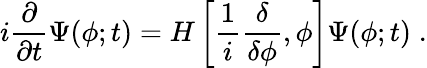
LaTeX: i\frac{\partial}{\partial t}\Psi(\phi;t)=H\left[\frac{1}{i}\frac{\delta}{\delta\phi},\phi\right]\Psi(\phi;t)\; .